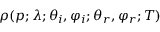
\rho ( p ; \lambda ; \theta _ { i } , \varphi _ { i } ; \theta _ { r } , \varphi _ { r } ; T )